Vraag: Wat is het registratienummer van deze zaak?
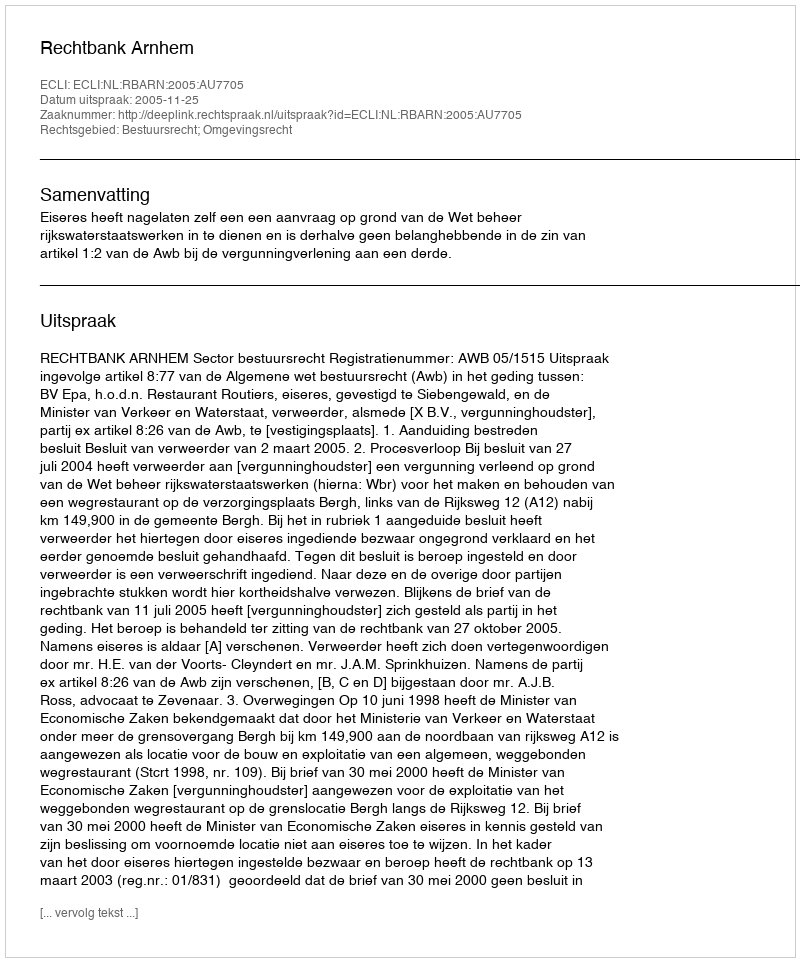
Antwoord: http://deeplink.rechtspraak.nl/uitspraak?id=ECLI:NL:RBARN:2005:AU7705